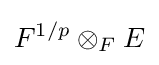
F^{1/p}\otimes _{F}E